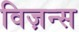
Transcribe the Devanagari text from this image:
विज़न्स